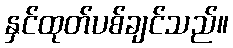
နှင်ထုတ်ပစ်ချင်သည်။